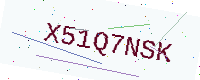
Text: X51Q7NSK